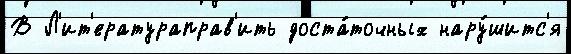
В Л'ит'ератураправ'ить доста́точных нару́шитс'я